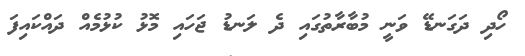
ހޯދި ދަގަނޑޭ ވަނީ މުބާރާތުގައި ދެ ލަނޑު ޖަހައި މޮޅު ކުޅުމެއް ދައްކައިފަ